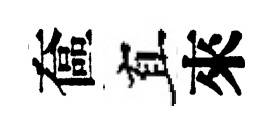
奩真來